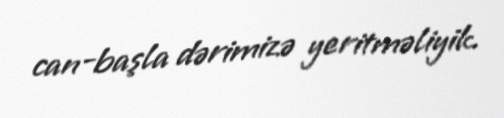
can-başla dərimizə yeritməliyik.